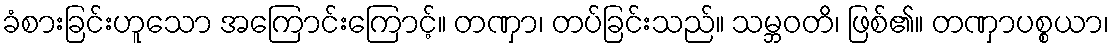
ခံစားခြင်းဟူသော အကြောင်းကြောင့်။ တဏှာ၊ တပ်ခြင်းသည်။ သမ္ဘဝတိ၊ ဖြစ်၏။ တဏှာပစ္စယာ၊